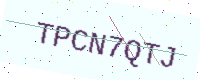
Text: TPCN7QTJ